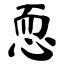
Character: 恧